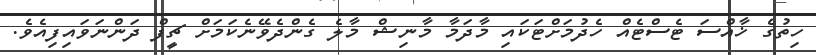
ހިތުގެ ޚާއްސަ ޓެސްޓެއް ހެދުމަށްޓަކައި މާދަމާ މާނިޝް މާލެ ގެންދެވޭނެކަމަށް ޗީފް ދަންނަވައިފިއެވެ.